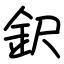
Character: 鈬